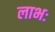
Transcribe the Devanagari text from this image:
लाभः